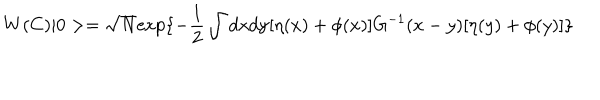
W ( C ) | 0 > = \sqrt N \mathrm { e x p } \{ - \frac { 1 } { 2 } \int \mathrm { d x d y } [ \eta ( x ) + \phi ( x ) ] G ^ { - 1 } ( x - y ) [ \eta ( y ) + \phi ( y ) ] \}